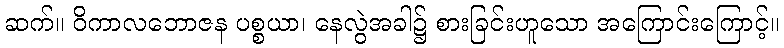
ဆက်။ ဝိကာလဘောဇန ပစ္စယာ၊ နေလွဲအခါ၌ စားခြင်းဟူသော အကြောင်းကြောင့်။